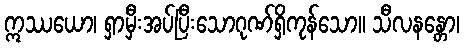
ဣဿယော၊ ရှာမှီးအပ်ပြီးသောဂုဏ်ရှိကုန်သော။ သီလနန္တော၊